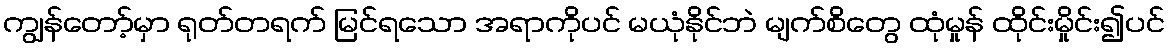
ကျွန်တော့်မှာ ရုတ်တရက် မြင်ရသော အရာကိုပင် မယုံနိုင်ဘဲ မျက်စိတွေ ထုံမှုန် ထိုင်းမှိုင်း၍ပင်